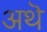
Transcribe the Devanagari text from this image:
अथॆ